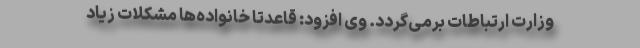
وزارت ارتباطات برمی‌گردد. وی افزود: قاعدتا خانواده‌ها مشکلات زیاد